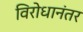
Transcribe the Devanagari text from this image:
विरोधानंतर